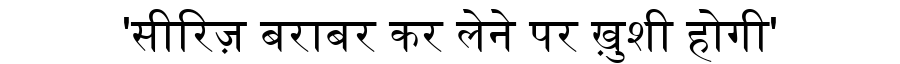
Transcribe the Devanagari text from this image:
'सीरिज़ बराबर कर लेने पर ख़ुशी होगी'